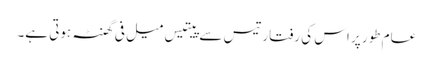
عام طور پر اس کی رفتار تیس سے پیتیس میل فی گھنٹہ ہوتی ہے۔